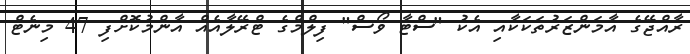
ރާއްޖޭގެ އާމަންޒަރުތަކަކާއި އެކު "ސްޓާ ވޯސް" ފިލްމްގެ ޓްރޭލާއެއް އާންމުކޮށްފި 47 މިނެޓް